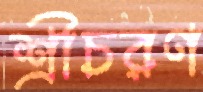
শ্রীচরণ